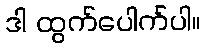
ဒါ ထွက်ပေါက်ပါ။